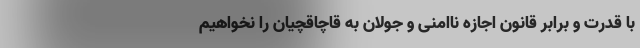
با قدرت و برابر قانون اجازه ناامنی و جولان به قاچاقچیان را نخواهیم